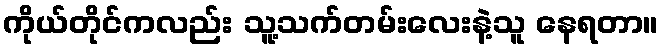
ကိုယ်တိုင်ကလည်း သူ့သက်တမ်းလေးနဲ့သူ နေရတာ။